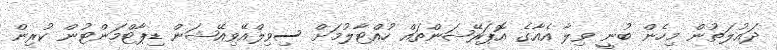
ދައުލަތުން މިހެން ބުނީ ވިލާ އެއާގެ އޮޕަރޭޝަންތައް ހުއްޓާލުމަށް ސިވިލްއޭވިއޭޝަން ޑިޕާޓްމަންޓުން ކުރިން